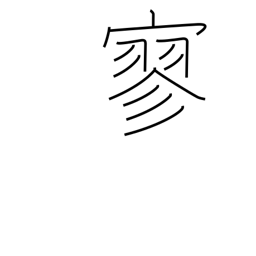
Meaning: lonely